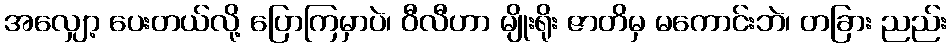
အလျှော့ ပေးတယ်လို့ ပြောကြမှာပဲ၊ ဝီလီဟာ မျိုးရိုး ဇာတိမှ မကောင်းဘဲ၊ တခြား ညည်း